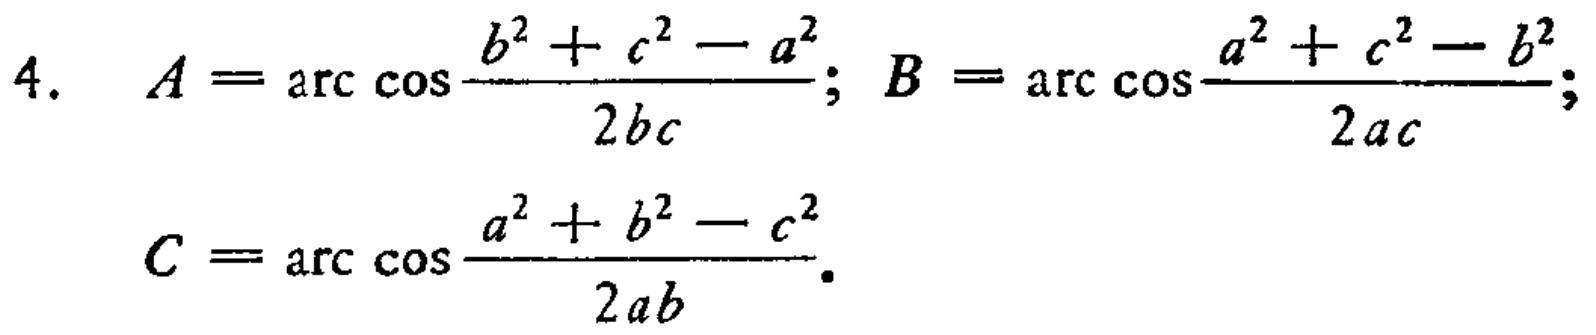
\[
\begin{align*}
A&=\arccos\frac{b^{2}+c^{2}-a^{2}}{2bc};\quad B = \arccos\frac{a^{2}+c^{2}-b^{2}}{2ac};\\
C&=\arccos\frac{a^{2}+b^{2}-c^{2}}{2ab}.
\end{align*}
\]